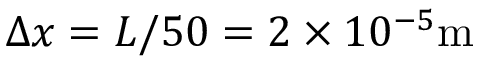
\Delta x = L / 5 0 = 2 \times 1 0 ^ { - 5 } \mathrm { m }